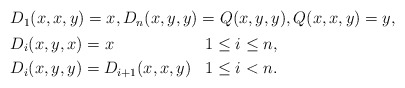
\begin{align*} \begin{aligned} & D_1(x,x,y) = x, D_n(x,y,y) = Q(x,y,y), Q(x,x,y) = y, \\ & \begin{aligned} & D_i(x,y,x) = x & & 1\leq i\leq n, \\ & D_i(x,y,y) = D_{i+1}(x,x,y) & & 1\leq i<n. \end{aligned}\end{aligned} \end{align*}